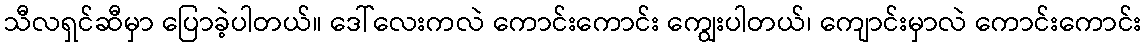
သီလရှင်ဆီမှာ ပြောခဲ့ပါတယ်။ ဒေါ်လေးကလဲ ကောင်းကောင်း ကျွေးပါတယ်၊ ကျောင်းမှာလဲ ကောင်းကောင်း